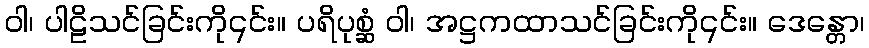
ဝါ၊ ပါဠိသင်ခြင်းကို၎င်း။ ပရိပုစ္ဆံ ဝါ၊ အဋ္ဌကထာသင်ခြင်းကို၎င်း။ ဒေန္တော၊